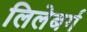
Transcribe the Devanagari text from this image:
लिलेबर्ग